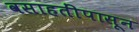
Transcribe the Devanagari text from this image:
वसाहतींपासून